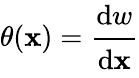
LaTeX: \theta(\mathbf{x})={\cfrac{\mathrm{{d}}w}{\mathrm{{d}}\mathbf{x}}}